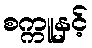
စက္ကူနှင့်